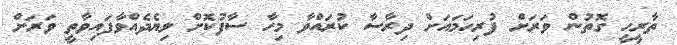
ތާރީހީ ގޮތުން ވަރަށް ފުރިހަމައަށް ދިރާސާ ކުރައްވާ މިިހާ ސާފުކޮށް ލިޔެދެއްވާފައިވާތީ ވަރަށް